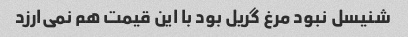
شنیسل نبود مرغ گریل بود با این قیمت هم نمی‌ارزد